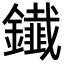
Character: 𨯒